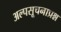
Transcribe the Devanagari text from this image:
अल्पसूचनाप्रश्न